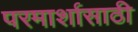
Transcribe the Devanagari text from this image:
परमार्शासाठी